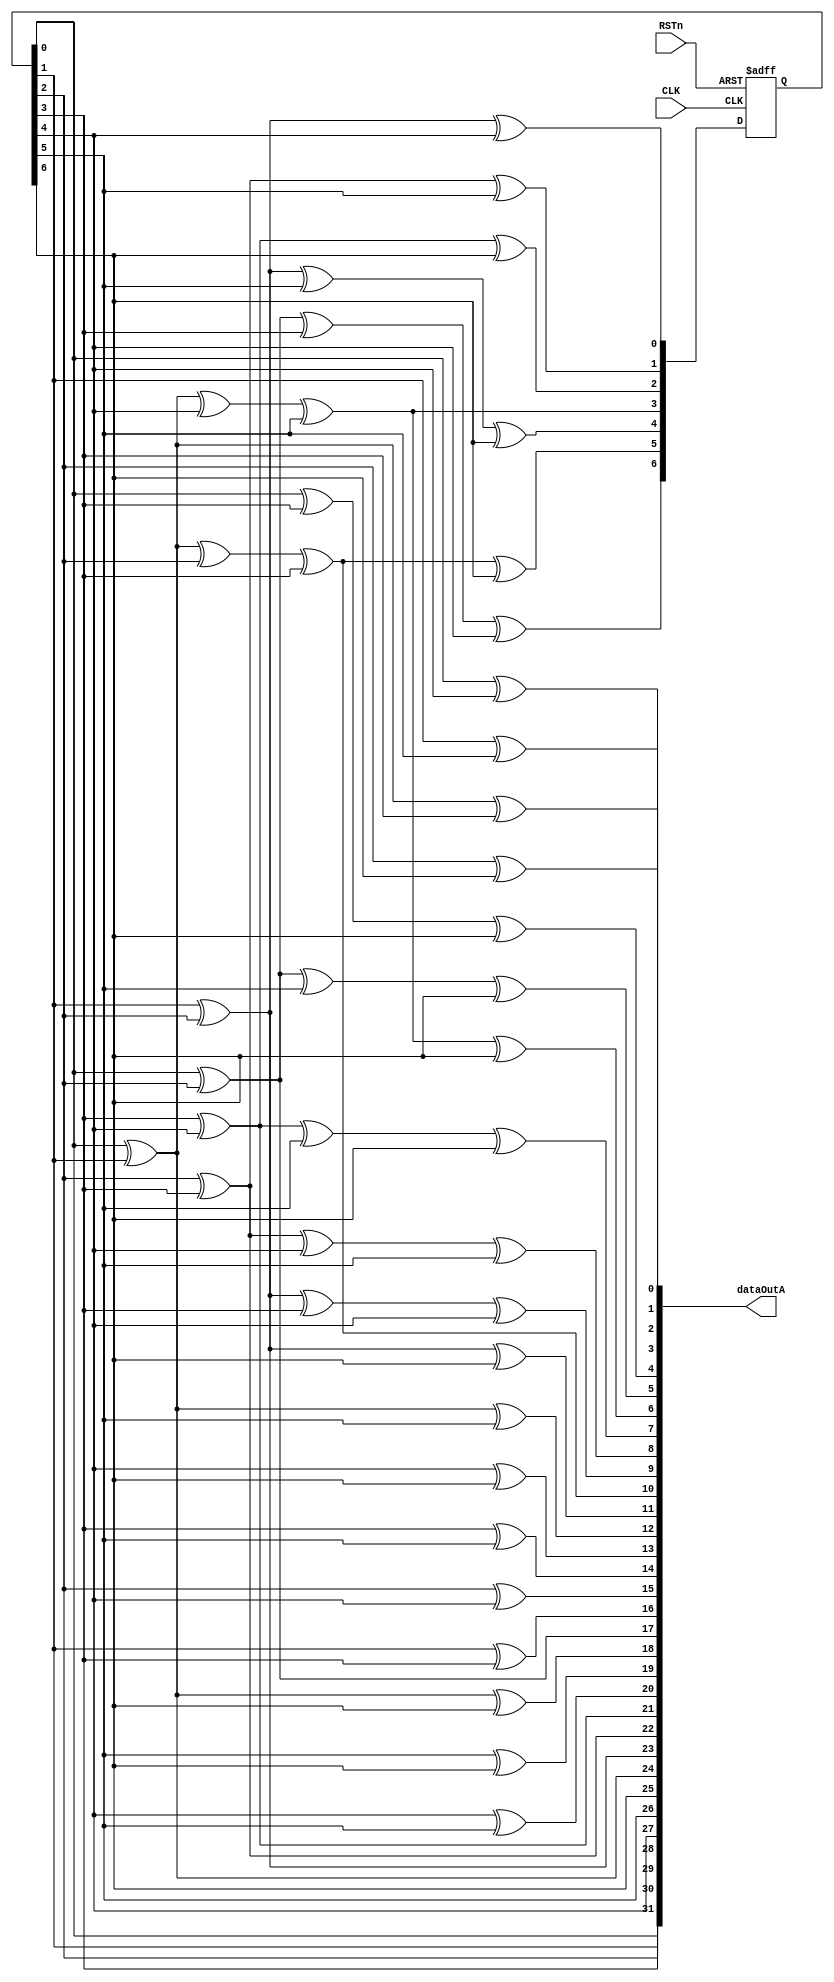
//`timescale 1ns / 1fs
//////////////////////////////////////////////////////////////////////////////////
// Company:        FNAL/SMU
// 
// Design Name:    ETROC1  
// Module Name:    PRBS7Gen32b 
// Project Name: 
// Description: Generate PRBS7 data in 32-bit width.
//
// Dependencies: PRBS 7 generation
//
// Revision: v1, reversed output vector order
//
//
//////////////////////////////////////////////////////////////////////////////////
`timescale 1ps/1fs
module PRBS7Gen32b(
    CLK,	
    RSTn,	
    dataOutA
    );
    input CLK;	
    input RSTn;	
    output [31:0] dataOutA;
    wire [31:0] data_int;	
	
//	wire allzeroA;
	wire rstA;
//	wire [6:0] vA
	
	reg [6:0] SA;  //seed 	
	
//	assign allzeroA = ~SA[0]&~SA[1]&~SA[2]&~SA[3]&~SA[4]&~SA[5]&~SA[6];	

//	assign rstA =  resetA | allzeroA;

	assign rstA = RSTn;
	assign dataOutA = data_int;

//Section A
	assign data_int[31] = SA[0];
	assign data_int[30] = SA[1];
	assign data_int[29] = SA[2];
	assign data_int[28] = SA[3];
	assign data_int[27] = SA[4];
	assign data_int[26] = SA[5];
	assign data_int[25] = SA[6];
	assign data_int[24] = SA[0]^SA[1];
	assign data_int[23] = SA[1]^SA[2];
	assign data_int[22] = SA[2]^SA[3];
	assign data_int[21] = SA[3]^SA[4];
	assign data_int[20] = SA[4]^SA[5];
	assign data_int[19] = SA[5]^SA[6];
	assign data_int[18] = SA[0]^SA[1]^SA[6];
	assign data_int[17] = SA[0]^SA[2];
	assign data_int[16] = SA[1]^SA[3];
	assign data_int[15] = SA[2]^SA[4];
	assign data_int[14] = SA[3]^SA[5];
	assign data_int[13] = SA[4]^SA[6];
	assign data_int[12] = SA[0]^SA[1]^SA[5];
	assign data_int[11] = SA[1]^SA[2]^SA[6];
	assign data_int[10] = SA[0]^SA[1]^SA[2]^SA[3];
	assign data_int[9] = SA[1]^SA[2]^SA[3]^SA[4];
	assign data_int[8] = SA[2]^SA[3]^SA[4]^SA[5];
	assign data_int[7] = SA[3]^SA[4]^SA[5]^SA[6];
	assign data_int[6] = SA[0]^SA[1]^SA[4]^SA[5]^SA[6];
	assign data_int[5] = SA[0]^SA[2]^SA[5]^SA[6];
	assign data_int[4] = SA[0]^SA[3]^SA[6];
	assign data_int[3] = SA[0]^SA[4];
	assign data_int[2] = SA[1]^SA[5];
	assign data_int[1] = SA[2]^SA[6];
	assign data_int[0] = SA[0]^SA[1]^SA[3];
		
	always @(negedge rstA or posedge CLK )
	begin
		if (!rstA)begin
            SA <= 7'b1111111;  
        end
		else begin
			SA[0]<= SA[1]^SA[2]^SA[4];
			SA[1]<= SA[2]^SA[3]^SA[5];
			SA[2]<= SA[3]^SA[4]^SA[6];
			SA[3]<= SA[0]^SA[1]^SA[4]^SA[5];
			SA[4]<= SA[1]^SA[2]^SA[5]^SA[6];
			SA[5]<= SA[0]^SA[1]^SA[2]^SA[3]^SA[6];
			SA[6]<= SA[0]^SA[2]^SA[3]^SA[4];		
        end
	end
	
endmodule